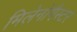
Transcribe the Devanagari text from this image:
मिलेनोगैस्टर